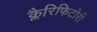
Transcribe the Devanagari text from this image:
क्लैरिफिटोरी